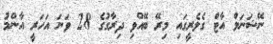
ނޭޝަނަލް އާޓް ގެލެރީގައި މިރޭ ބޭއްވި ދިރާގުގެ 28 ވަނަ އަހަރީ އާންމު